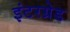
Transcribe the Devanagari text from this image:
इंटरग्रेड